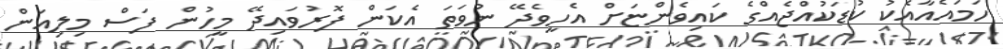
ހަމައެއާއެކު ކުޑަކުއްޖެއްގެ ކައިވެންޏަށް އެހީވެދޭ ނުވަތަ އެކަން ފޮރުވައިދޭ މީހުން ފަސް މިލިއަން